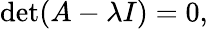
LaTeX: \operatorname*{det}(A-\lambda I)=0,